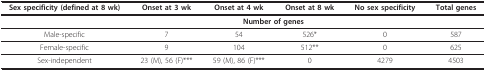
<table><thead><tr><td><b>Sex specificity (defined at 8 wk)</b></td><td><b>Onset at 3 wk</b></td><td><b>Onset at 4 wk</b></td><td><b>Onset at 8 wk</b></td><td><b>No sex specificity</b></td><td><b>Total genes</b></td></tr></thead><tbody><tr><td></td><td></td><td colspan="2"><b>Number of genes</b></td><td></td><td></td></tr><tr><td>Male-specific</td><td>7</td><td>54</td><td>526*</td><td>0</td><td>587</td></tr><tr><td>Female-specific</td><td>9</td><td>104</td><td>512**</td><td>0</td><td>625</td></tr><tr><td>Sex-independent</td><td>23 (M), 56 (F)***</td><td>59 (M), 86 (F)***</td><td>0</td><td>4279</td><td>4503</td></tr></tbody></table>